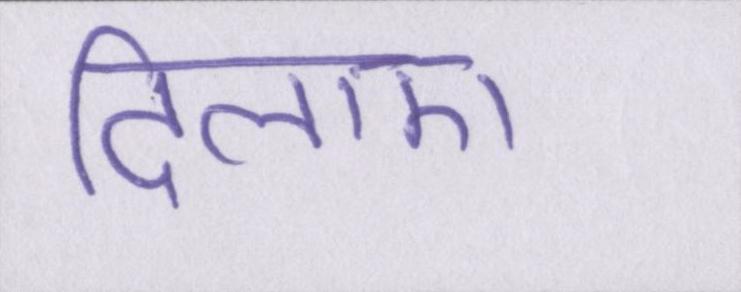
दिलाए